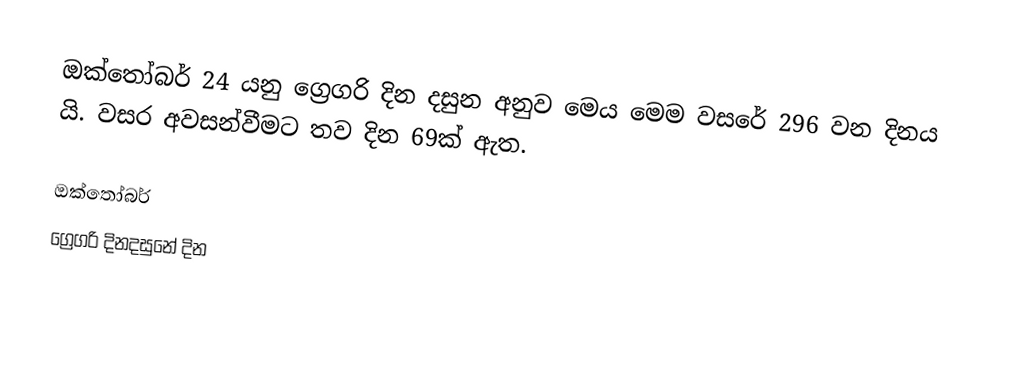
ඔක්තෝබර් 24 යනු ග්‍රෙගරි දින දසුන අනුව මෙය මෙම වසරේ 296 වන දිනය යි. වසර අවසන්වීමට තව දින 69ක් ඇත.

ඔක්තෝබර්
ග්‍රෙගරි දිනදසුනේ දින